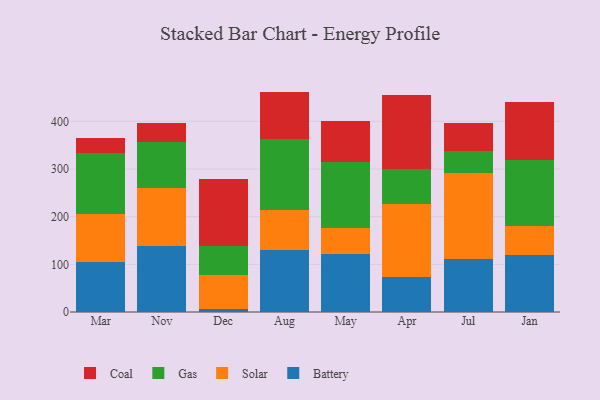
{"axis": {"x": "Month", "y": "Customer Acquisition Cost (USD)"}, "legend": ["Battery", "Coal", "Gas", "Solar"], "data": [{"x": "Mar", "y": 104.7, "type": "Battery"}, {"x": "Mar", "y": 101.5, "type": "Solar"}, {"x": "Mar", "y": 128.1, "type": "Gas"}, {"x": "Mar", "y": 31.6, "type": "Coal"}, {"x": "Nov", "y": 138.0, "type": "Battery"}, {"x": "Nov", "y": 122.1, "type": "Solar"}, {"x": "Nov", "y": 95.7, "type": "Gas"}, {"x": "Nov", "y": 39.8, "type": "Coal"}, {"x": "Dec", "y": 5.9, "type": "Battery"}, {"x": "Dec", "y": 71.3, "type": "Solar"}, {"x": "Dec", "y": 61.3, "type": "Gas"}, {"x": "Dec", "y": 140.1, "type": "Coal"}, {"x": "Aug", "y": 129.6, "type": "Battery"}, {"x": "Aug", "y": 84.9, "type": "Solar"}, {"x": "Aug", "y": 149.3, "type": "Gas"}, {"x": "Aug", "y": 98.7, "type": "Coal"}, {"x": "May", "y": 122.5, "type": "Battery"}, {"x": "May", "y": 54.8, "type": "Solar"}, {"x": "May", "y": 138.0, "type": "Gas"}, {"x": "May", "y": 86.5, "type": "Coal"}, {"x": "Apr", "y": 73.1, "type": "Battery"}, {"x": "Apr", "y": 154.0, "type": "Solar"}, {"x": "Apr", "y": 73.3, "type": "Gas"}, {"x": "Apr", "y": 155.2, "type": "Coal"}, {"x": "Jul", "y": 112.2, "type": "Battery"}, {"x": "Jul", "y": 178.8, "type": "Solar"}, {"x": "Jul", "y": 47.5, "type": "Gas"}, {"x": "Jul", "y": 58.7, "type": "Coal"}, {"x": "Jan", "y": 119.0, "type": "Battery"}, {"x": "Jan", "y": 62.3, "type": "Solar"}, {"x": "Jan", "y": 138.4, "type": "Gas"}, {"x": "Jan", "y": 121.0, "type": "Coal"}]}